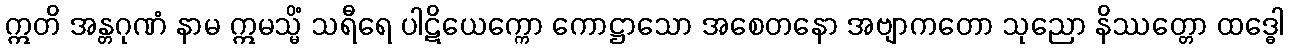
ဣတိ အန္တဂုဏံ နာမ ဣမသ္မိံ သရီရေ ပါဋိယေက္ကော ကောဋ္ဌာသော အစေတနော အဗျာကတော သုညော နိဿတ္တော ထဒ္ဓေါ